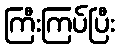
ကြီးကြပ်ပြီး